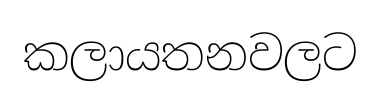
කලායතනවලට